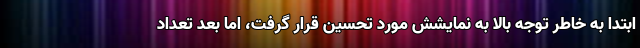
ابتدا به خاطر توجه بالا به نمایشش مورد تحسین قرار گرفت، اما بعد تعداد